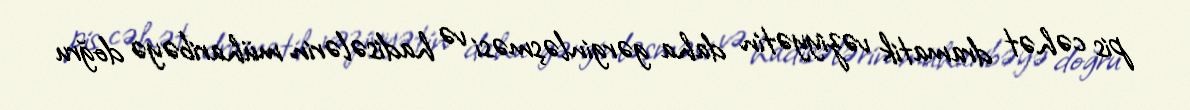
pis cəhət dramatik vəziyyətin daha gərginləşməsi və hadisələrin müharibəyə doğru